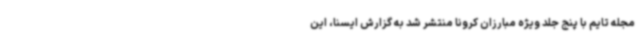
مجله تایم با پنج جلد ویژه مبارزان کرونا منتشر شد به گزارش ایسنا، این